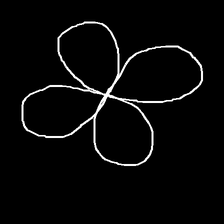
Glyph: billowing